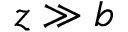
z \gg b